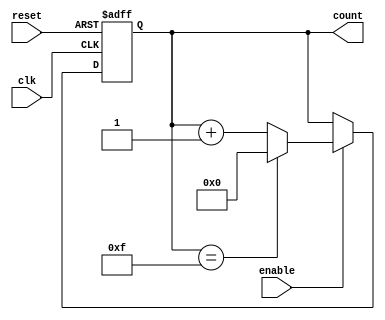
module binary_counter (
    input wire clk,            // Clock signal
    input wire reset,          // Asynchronous reset signal
    input wire enable,         // Enable signal
    output reg [3:0] count     // 4-bit output count
);

// Always block triggered on the rising edge of the clock or when reset is asserted
always @(posedge clk or posedge reset) begin
    if (reset) begin
        count <= 4'b0000;     // Reset the counter to 0
    end else if (enable) begin
        if (count == 4'b1111) begin
            count <= 4'b0000; // Wrap around when maximum value is reached
        end else begin
            count <= count + 1; // Increment the counter
        end
    end
end

endmodule